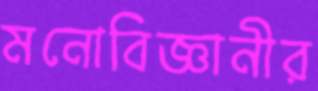
মনোবিজ্ঞানীর